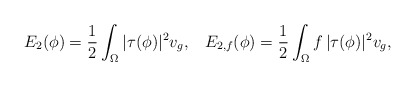
\begin{align*}E_{2}(\phi)=\frac{1}{2}\int_\Omega |\tau(\phi)|^2v_g,\;\;\;E_{2,f}(\phi)=\frac{1}{2}\int_\Omega f\,|\tau(\phi)|^2v_g,\end{align*}